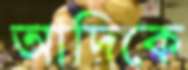
আদিকে